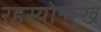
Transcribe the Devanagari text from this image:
रहस्योन्मुख